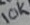
Text: 10K